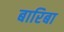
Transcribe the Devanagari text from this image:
बारिबा